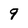
Character: 9